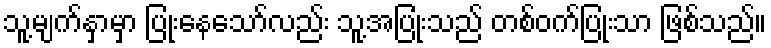
သူ့မျက်နှာမှာ ပြုံးနေသော်လည်း သူ့အပြုံးသည် တစ်ဝက်ပြုံးသာ ဖြစ်သည်။